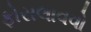
ફોસલાવવો